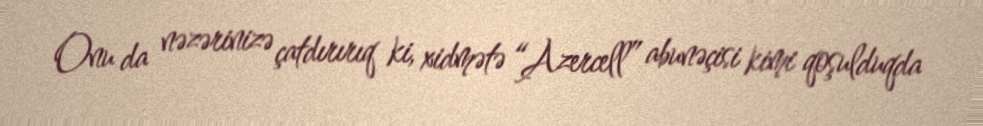
Onu da nəzərinizə çatdırırıq ki, xidmətə “Azercell” abunəçisi kimi qoşulduqda